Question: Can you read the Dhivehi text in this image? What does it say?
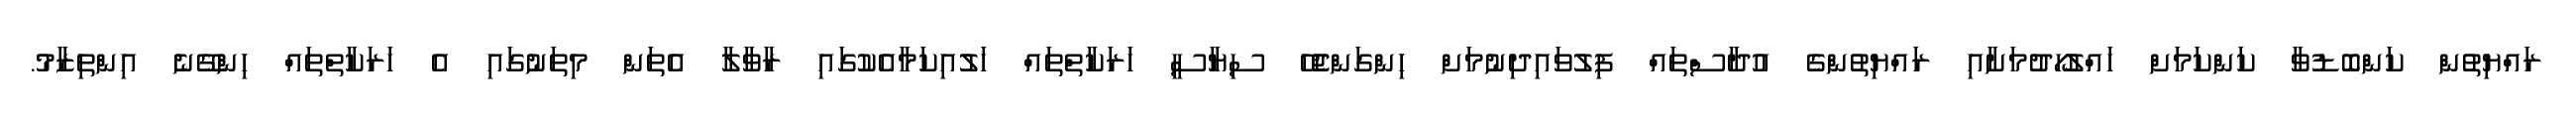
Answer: ރައްޔިތުން ކަންބޮޑުވާ ކަންކަމަށް ހައްލުހޯދުމަށާއި ރައްޔިތުންގެ އުދާސްތައް ފިލުވައިދިނުމަށް ހިންގަންޖެހޭ ސިޔާސީ ހަރަކާތްތައް ހަލުއިކަމާއެކުގައި ރާވާލާ އެތަން މިތަނުގައި އެ ހަރަކާތްތައް ހިންގޭނެ އިންތިޒާމު.